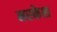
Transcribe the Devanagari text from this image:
मरकेश